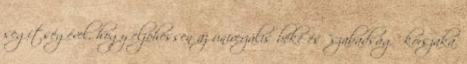
segítségével, hogy eljöhessen az univerzális béke és "szabadság" korszaka.